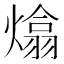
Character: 熻